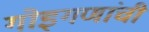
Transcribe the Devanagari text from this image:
गोइगणांची